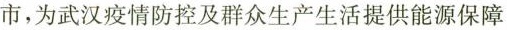
市，为武汉疫情防控及群众生产生活提供能源保障